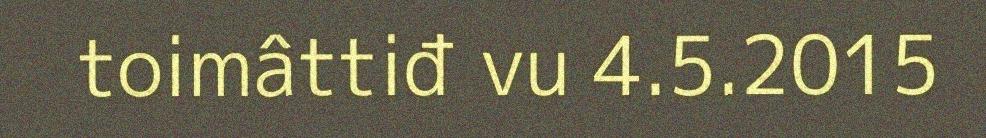
toimâttiđ vu 4.5.2015